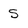
Character: S